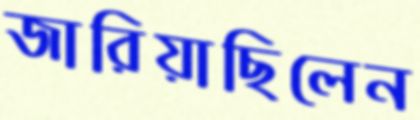
জারিয়াছিলেন